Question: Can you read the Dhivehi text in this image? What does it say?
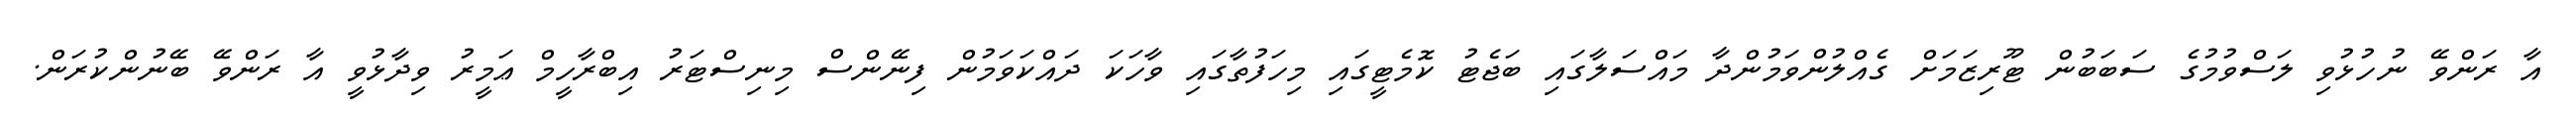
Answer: އާ ރަންވޭ ނުހުޅުވި ލަސްވުމުގެ ސަބަބުން ޓޫރިޒަމަށް ގެއްލުންވަމުންދާ މައްސަލާގައި ބަޖެޓު ކޮމެޓީގައި މިހަފުތާގައި ވާހަކަ ދައްކަވަމުން ފިނޭންސް މިނިސްޓަރު އިބްރާހީމް ޢަމީރު ވިދާޅުވީ އާ ރަންވޭ ބޭނުންކުރަން.